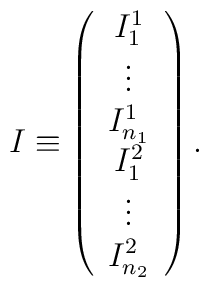
I \equiv \left(\begin{array}{c}		    I^1_1 \\ 		    \vdots \\ 		    I^1_{n_1} \\                    I^2_1 \\ 		    \vdots \\ 		    I^2_{n_2}	       \end{array}\right).